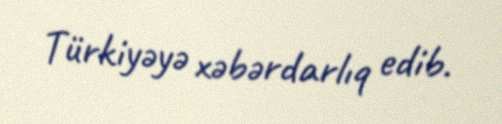
Türkiyəyə xəbərdarlıq edib.